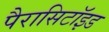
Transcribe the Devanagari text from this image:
पैरासिटॉइड